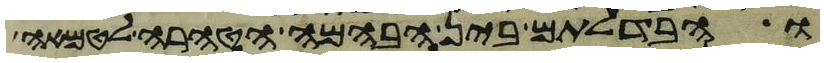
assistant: והבדלתם בין הבהמה הטהרה לטמאה